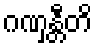
ဂဏှန္တီတိ